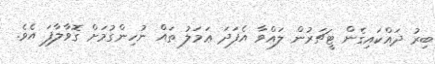
ބިރު ދައްކައިގެން ޓީޗަރުން ލައްވާ އެފަދަ ޢަމަލު ތައް ނުހިންގުމަށް ގޮވާލާފަ އެވެ.